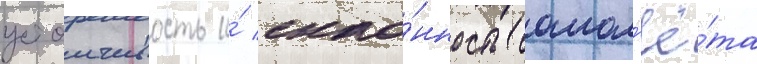
устоичивость и́ скло́нность самол'ё́та